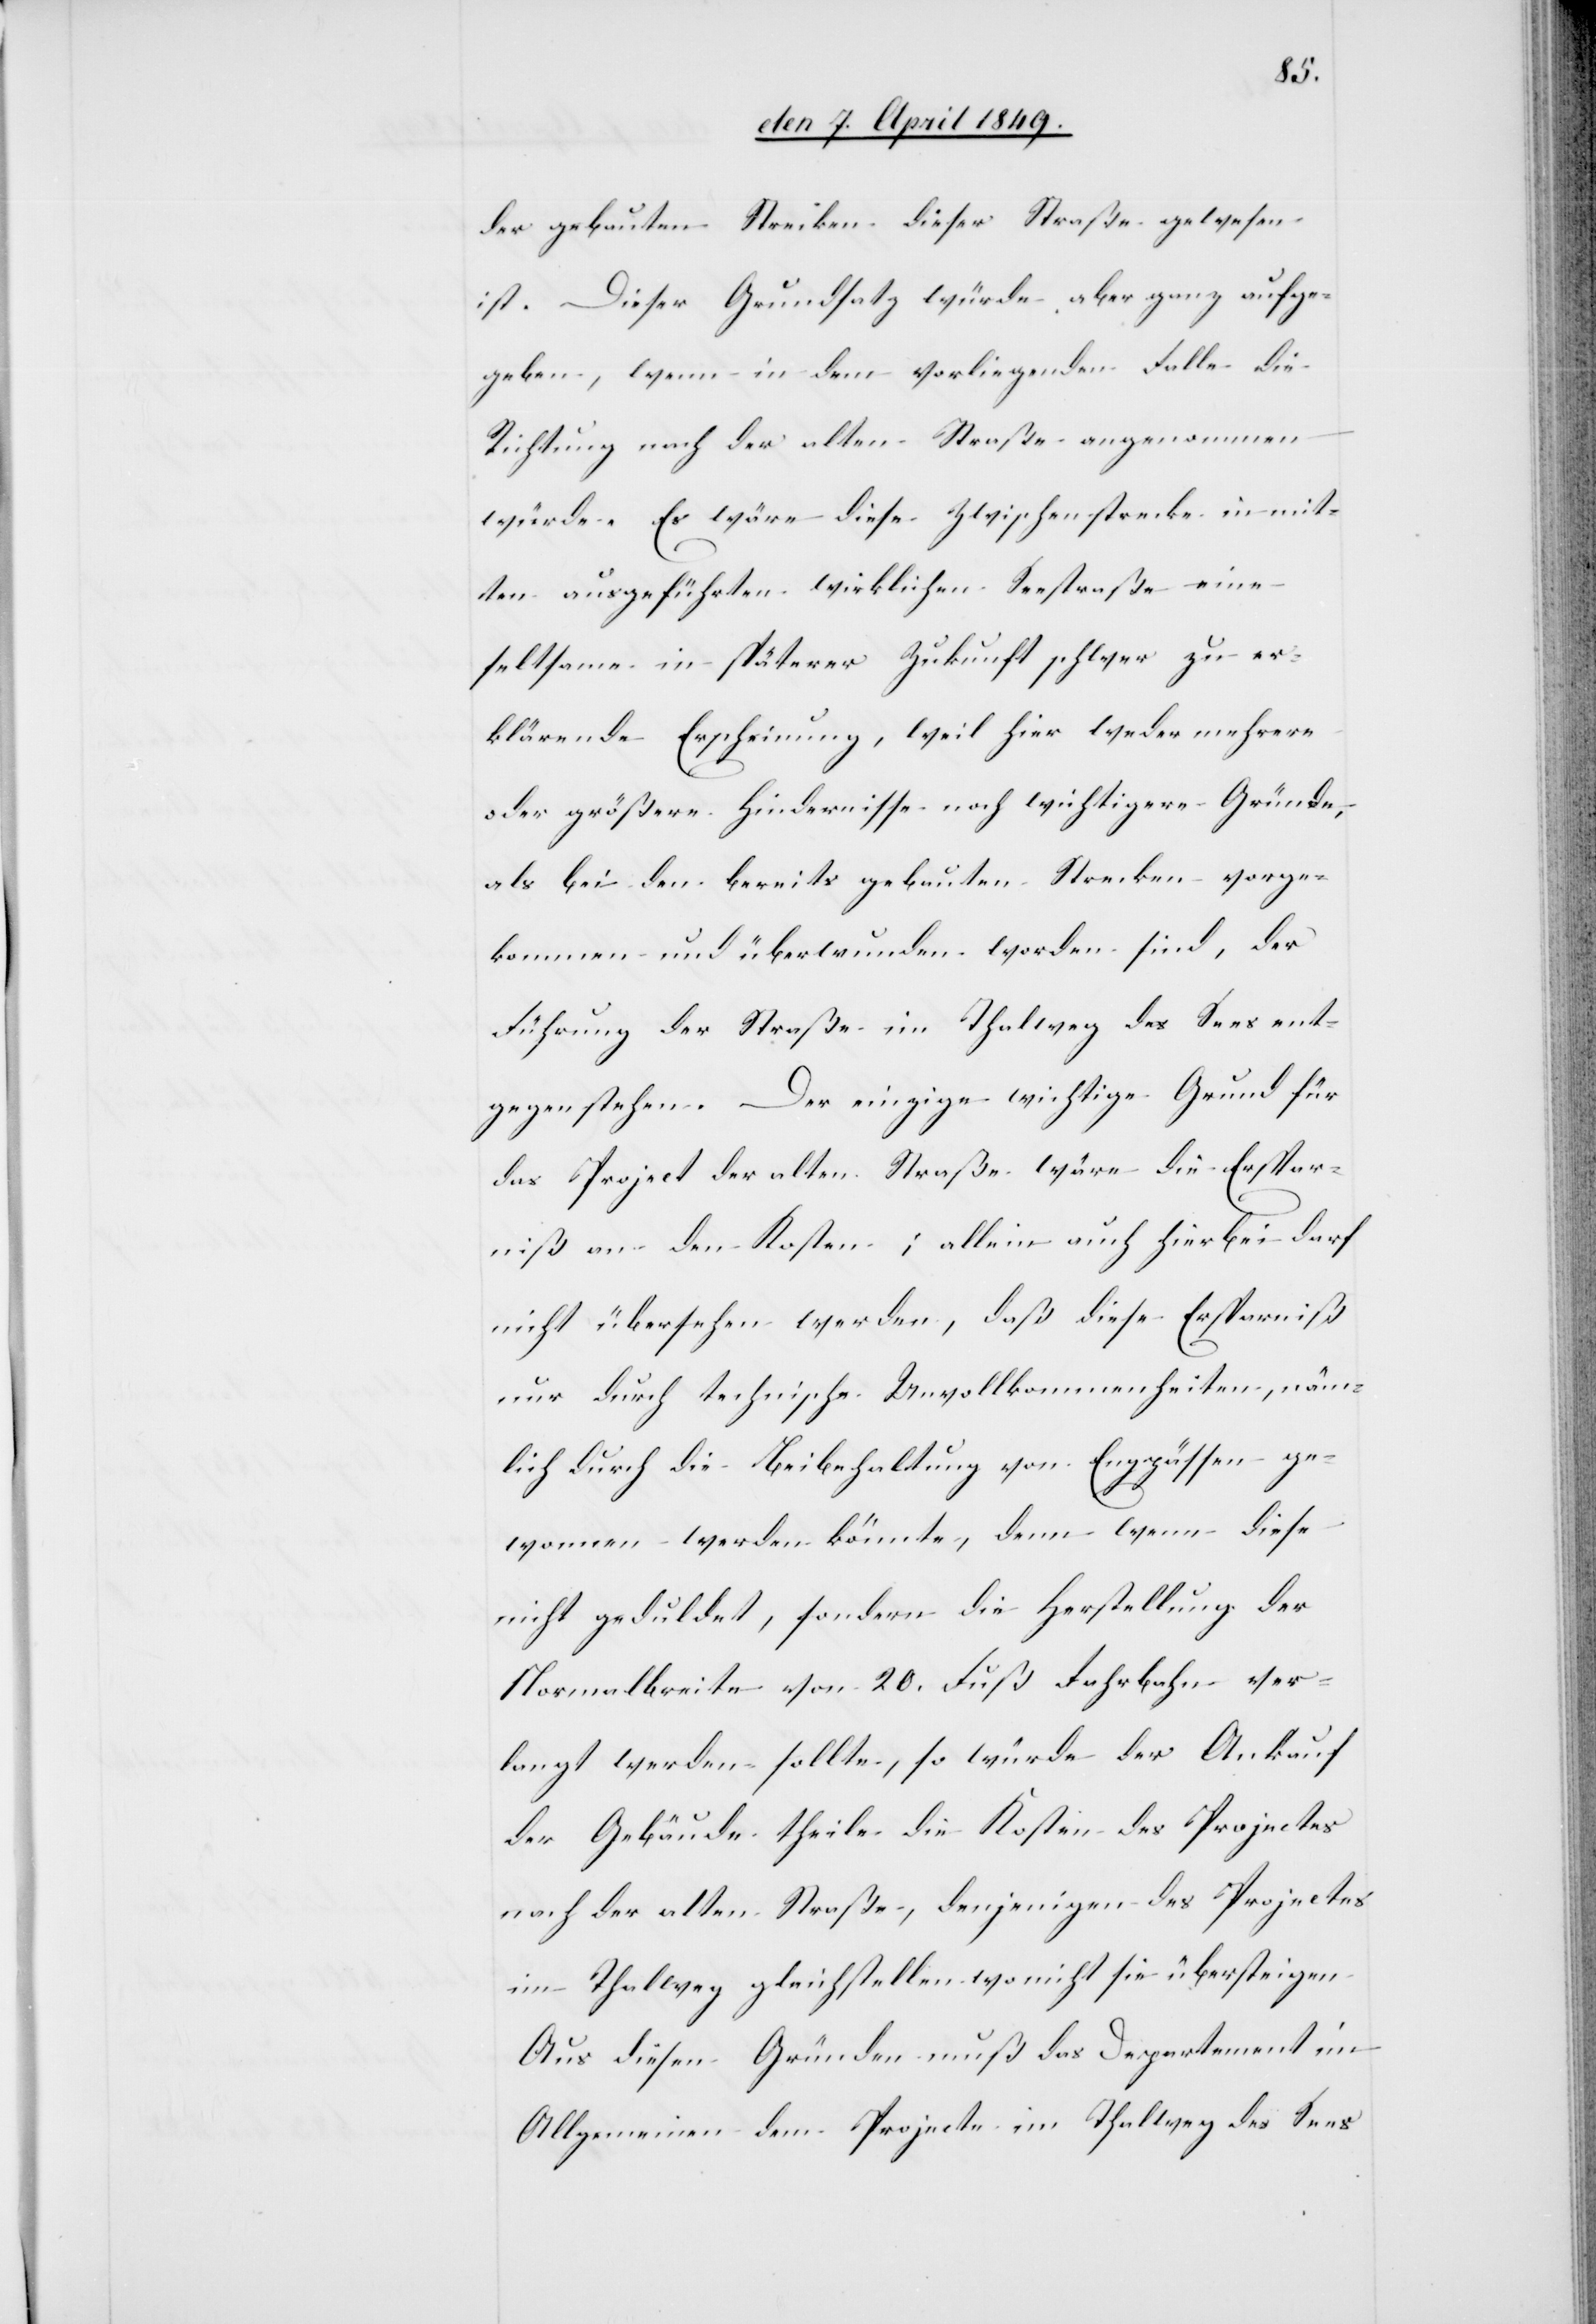
der gebauten Strecken dieser Straße gewesen
ist. Dieser Grundsatz würde aber ganz aufge¬
geben, wenn in dem vorliegenden Falle die
Richtung nach der alten Straße angenommen
würde. Es wäre diese Zwischenstrecke in mitten
[einer] ausgeführten wirklichen Seestraße eine
seltsame in späterer Zukunft schwer zu er¬
klärende Erscheinung, weil hier weder mehrere
oder größere Hindernisse noch wichtigere Gründe,
als bei den bereits gebauten Strecken vorge¬
kommen und überwunden worden sind, der
Führung der Straße im Thalweg des Sees ent¬
gegenstehen. Der einzige wichtige Grund für
das Project der alten Straße wäre die Erspar¬
niß an den Kosten; allein auch hierbei darf
nicht übersehen werden, daß diese Ersparniß
nur durch technische Unvollkommenheiten, näm¬
lich durch die Beibehaltung von Engpässen ge¬
wonnen werden könnte, denn wenn diese
nicht geschuldet, sondern die Herstellung der
Normalbreite von 20. Fuß Fahrbahn ver¬
langt werden sollte, so würde der Ankauf
der Gebäudetheile die Kosten des Projectes
nach der alten Straße, denjenigen des Projectes
im Thalweg gleichstellen wo nicht sie übersteigen.
Aus diesen Gründen muß das Departement im
Allgemeinen dem Projecte im Thalweg des Sees